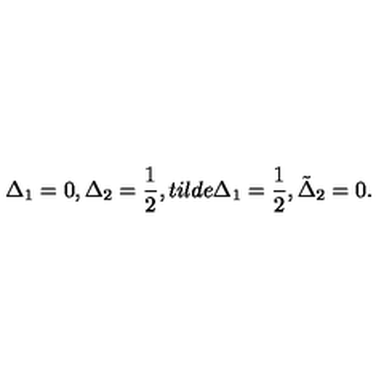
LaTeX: \Delta _ { 1 } = 0 , \Delta _ { 2 } = \frac { 1 } { 2 } , t i l d e \Delta _ { 1 } = \frac { 1 } { 2 } , \tilde { \Delta } _ { 2 } = 0 .